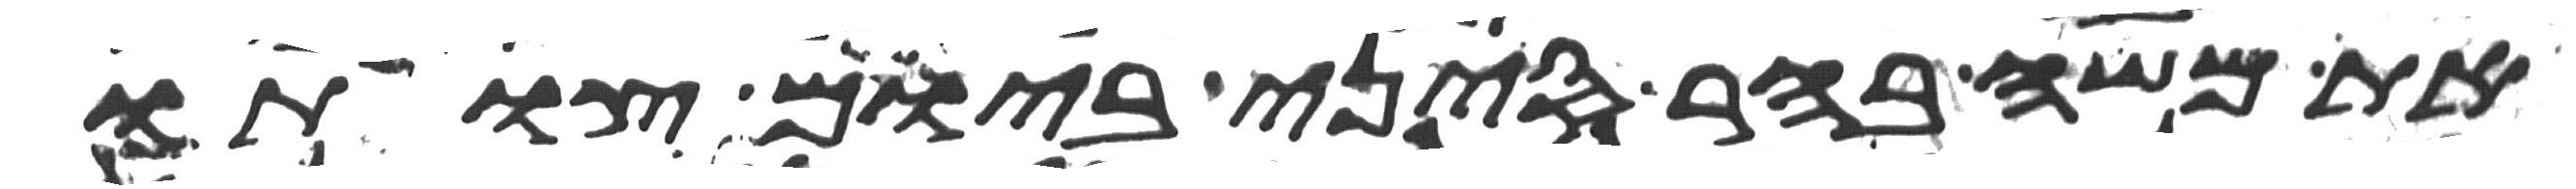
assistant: את משה בהר סיני ביום צותו